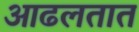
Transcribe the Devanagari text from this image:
आढलतात